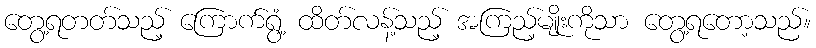
တွေ့ရတတ်သည့် ကြောက်ရွံ့ ထိတ်လန့်သည့် အကြည့်မျိုးကိုသာ တွေ့ရတော့သည်။